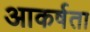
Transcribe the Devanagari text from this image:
आकर्षता